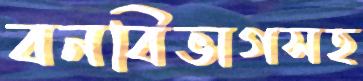
বনবিভাগসহ